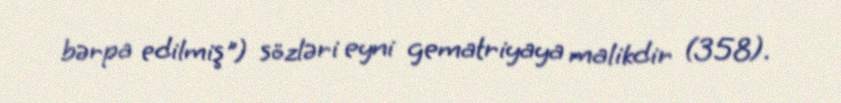
bərpa edilmiş") sözləri eyni gematriyaya malikdir (358).